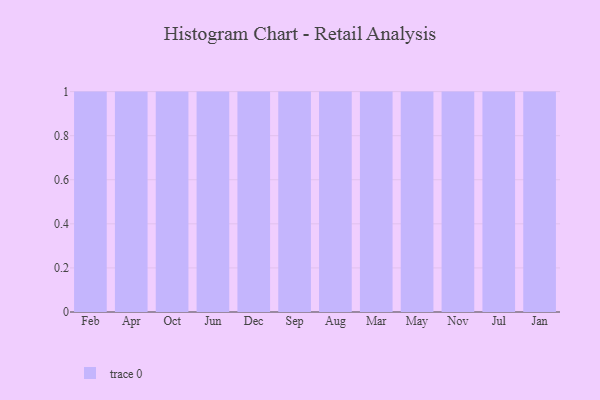
{"axis": {"x": "Month", "y": "Humidity (%)"}, "legend": [""], "data": [{"x": "Feb", "y": 96, "type": ""}, {"x": "Apr", "y": 48, "type": ""}, {"x": "Oct", "y": 81, "type": ""}, {"x": "Jun", "y": 16, "type": ""}, {"x": "Dec", "y": 20, "type": ""}, {"x": "Sep", "y": 53, "type": ""}, {"x": "Aug", "y": 68, "type": ""}, {"x": "Mar", "y": 31, "type": ""}, {"x": "May", "y": 86, "type": ""}, {"x": "Nov", "y": 96, "type": ""}, {"x": "Jul", "y": 73, "type": ""}, {"x": "Jan", "y": 43, "type": ""}]}